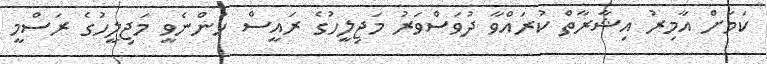
ކަމަށް އާމިރު އިޝާރާތް ކުރައްވާ ދުވަސްވަރު މަޖިލީހުގެ ރައީސް ހުންނެވީ މަޖިލީހުގެ ރަސްމީ